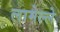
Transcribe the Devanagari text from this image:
लामेल्ले